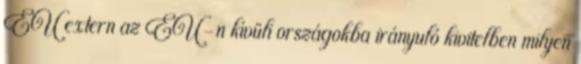
EU extern az EU-n kívüli országokba irányuló kivitelben milyen